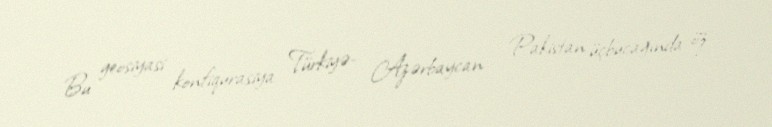
Bu geosiyasi konfiqurasiya Türkiyə- Azərbaycan - Pakistan üçbucağında öz